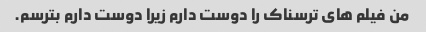
من فیلم های ترسناک را دوست دارم زیرا دوست دارم بترسم.